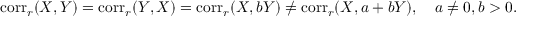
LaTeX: \operatorname { c o r r } _ { r } ( X , Y ) = \operatorname { c o r r } _ { r } ( Y , X ) = \operatorname { c o r r } _ { r } ( X , b Y ) \neq \operatorname { c o r r } _ { r } ( X , a + b Y ) , \quad a \neq 0 , b > 0 .